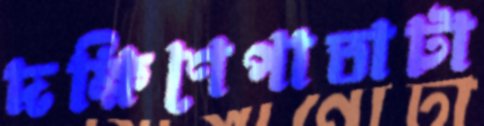
দক্ষিণেপাতাটা